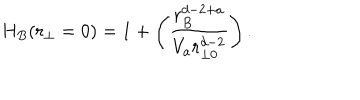
H _ { B } ( r _ { \perp } = 0 ) = 1 + \left( { \frac { r _ { B } ^ { d - 2 + a } } { V _ { a } r _ { \perp 0 } ^ { d - 2 } } } \right) .